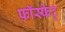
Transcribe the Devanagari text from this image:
फ़ॉस्फेट्